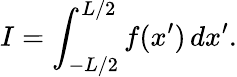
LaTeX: I=\int_{-L/2}^{L/2}f(x^{\prime})\, dx^{\prime}.